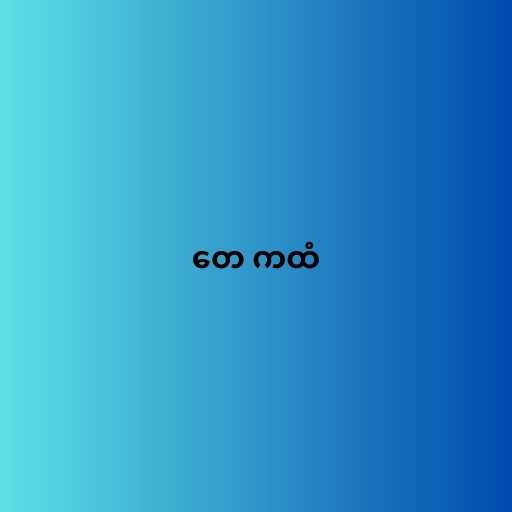
တေ ကထံ